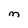
Character: M